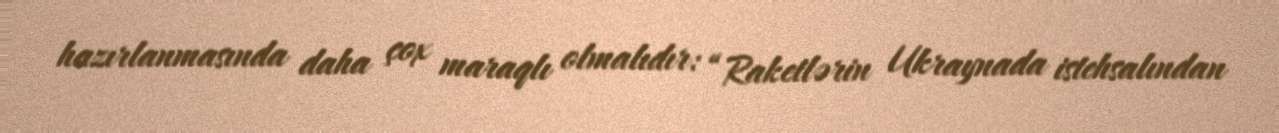
hazırlanmasında daha çox maraqlı olmalıdır: “Raketlərin Ukraynada istehsalından